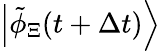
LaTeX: \left|\tilde{\phi}_{\Xi}(t+\Delta t)\right\rangle